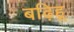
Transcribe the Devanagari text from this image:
बढ़िहू